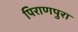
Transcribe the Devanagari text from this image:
पिराणपुरा